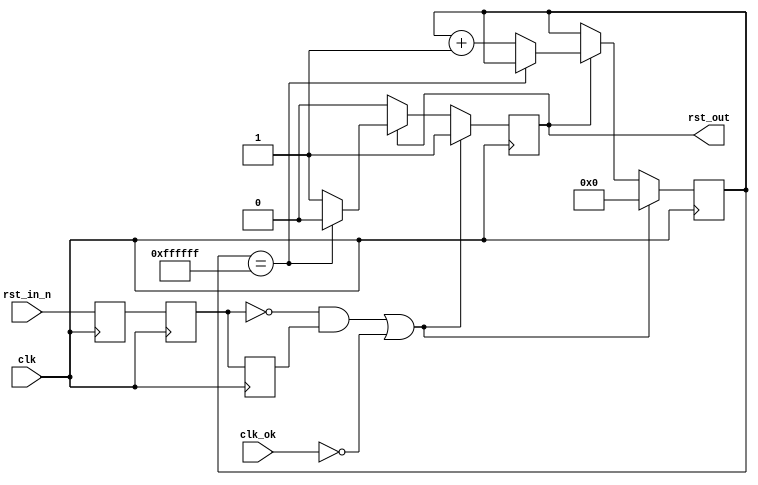
/**
  Reset
  --
  Architecture: ANY
  Board: CV-SK (buttons are active low, debounced)
  Reset output is active high.
  --
  Origin: THM-Oberon
  --
  2023 Gray, gray@grayraven.org
  https://oberon-rts.org/licences
**/

`timescale 1ns / 1ps
`default_nettype none

module reset (
  input wire clk,
  input wire clk_ok,
  input wire rst_in_n,
  output reg rst_out
);

  reg rst_0_n;
  reg rst_1_n;
  reg rst_1_n_0;
  reg [23:0] rst_cnt;
  wire rst = ~rst_1_n & rst_1_n_0;
  
  always @(posedge clk) begin
    rst_0_n <= rst_in_n;
    rst_1_n <= rst_0_n;
    rst_1_n_0 <= rst_1_n;

    if (rst | ~clk_ok) begin
      rst_cnt[23:0] <= 24'h0;
      rst_out <= 1'b1;
    end
    else begin
      if (rst_out) begin
        if (rst_cnt[23:0] == 24'hFFFFFF) begin
          rst_out <= 1'b0;
        end
        else begin
          rst_cnt[23:0] <= rst_cnt[23:0] + 24'h1;
        end
      end
    end
  end

endmodule

`resetall